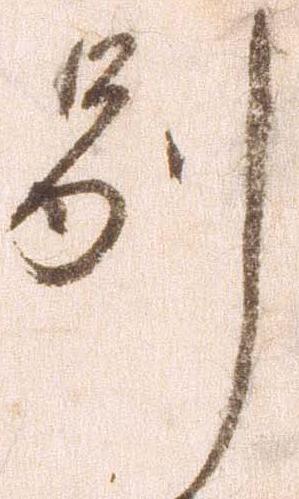
別